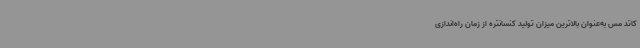
کاتد مس به‌عنوان بالاترین میزان تولید کنسانتره از زمان راه‌اندازی